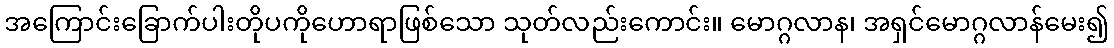
အကြောင်းခြောက်ပါးတိုပကိုဟောရာဖြစ်သော သုတ်လည်းကောင်း။ မောဂ္ဂလာန၊ အရှင်မောဂ္ဂလာန်မေး၍